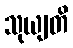
သုယျတိ